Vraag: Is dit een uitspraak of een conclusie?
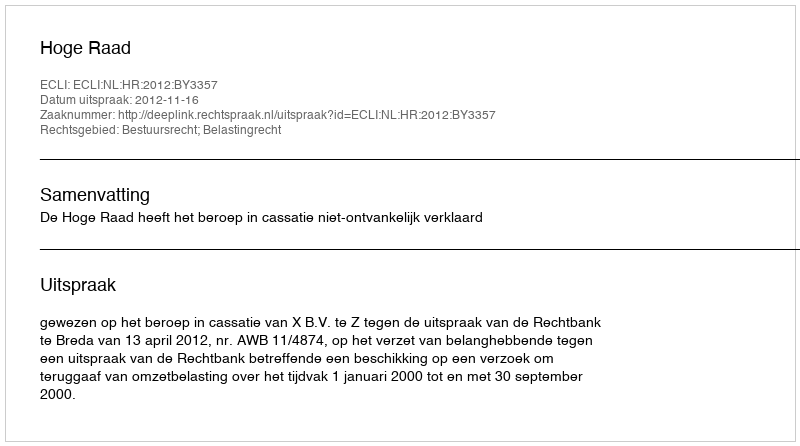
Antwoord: Uitspraak